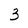
Character: 3